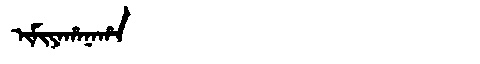
Manchu: ᡳᠮᡳᠶᠠᡥᠠᠨᠠᡥᠠ
Romanization: IMIYAHANAHA